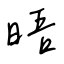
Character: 晤